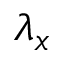
\lambda _ { x }